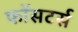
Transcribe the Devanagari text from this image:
फॉसटर्स